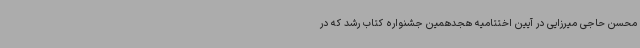
محسن حاجی میرزایی در آیین اختتامیه هجدهمین جشنواره کتاب رشد که در